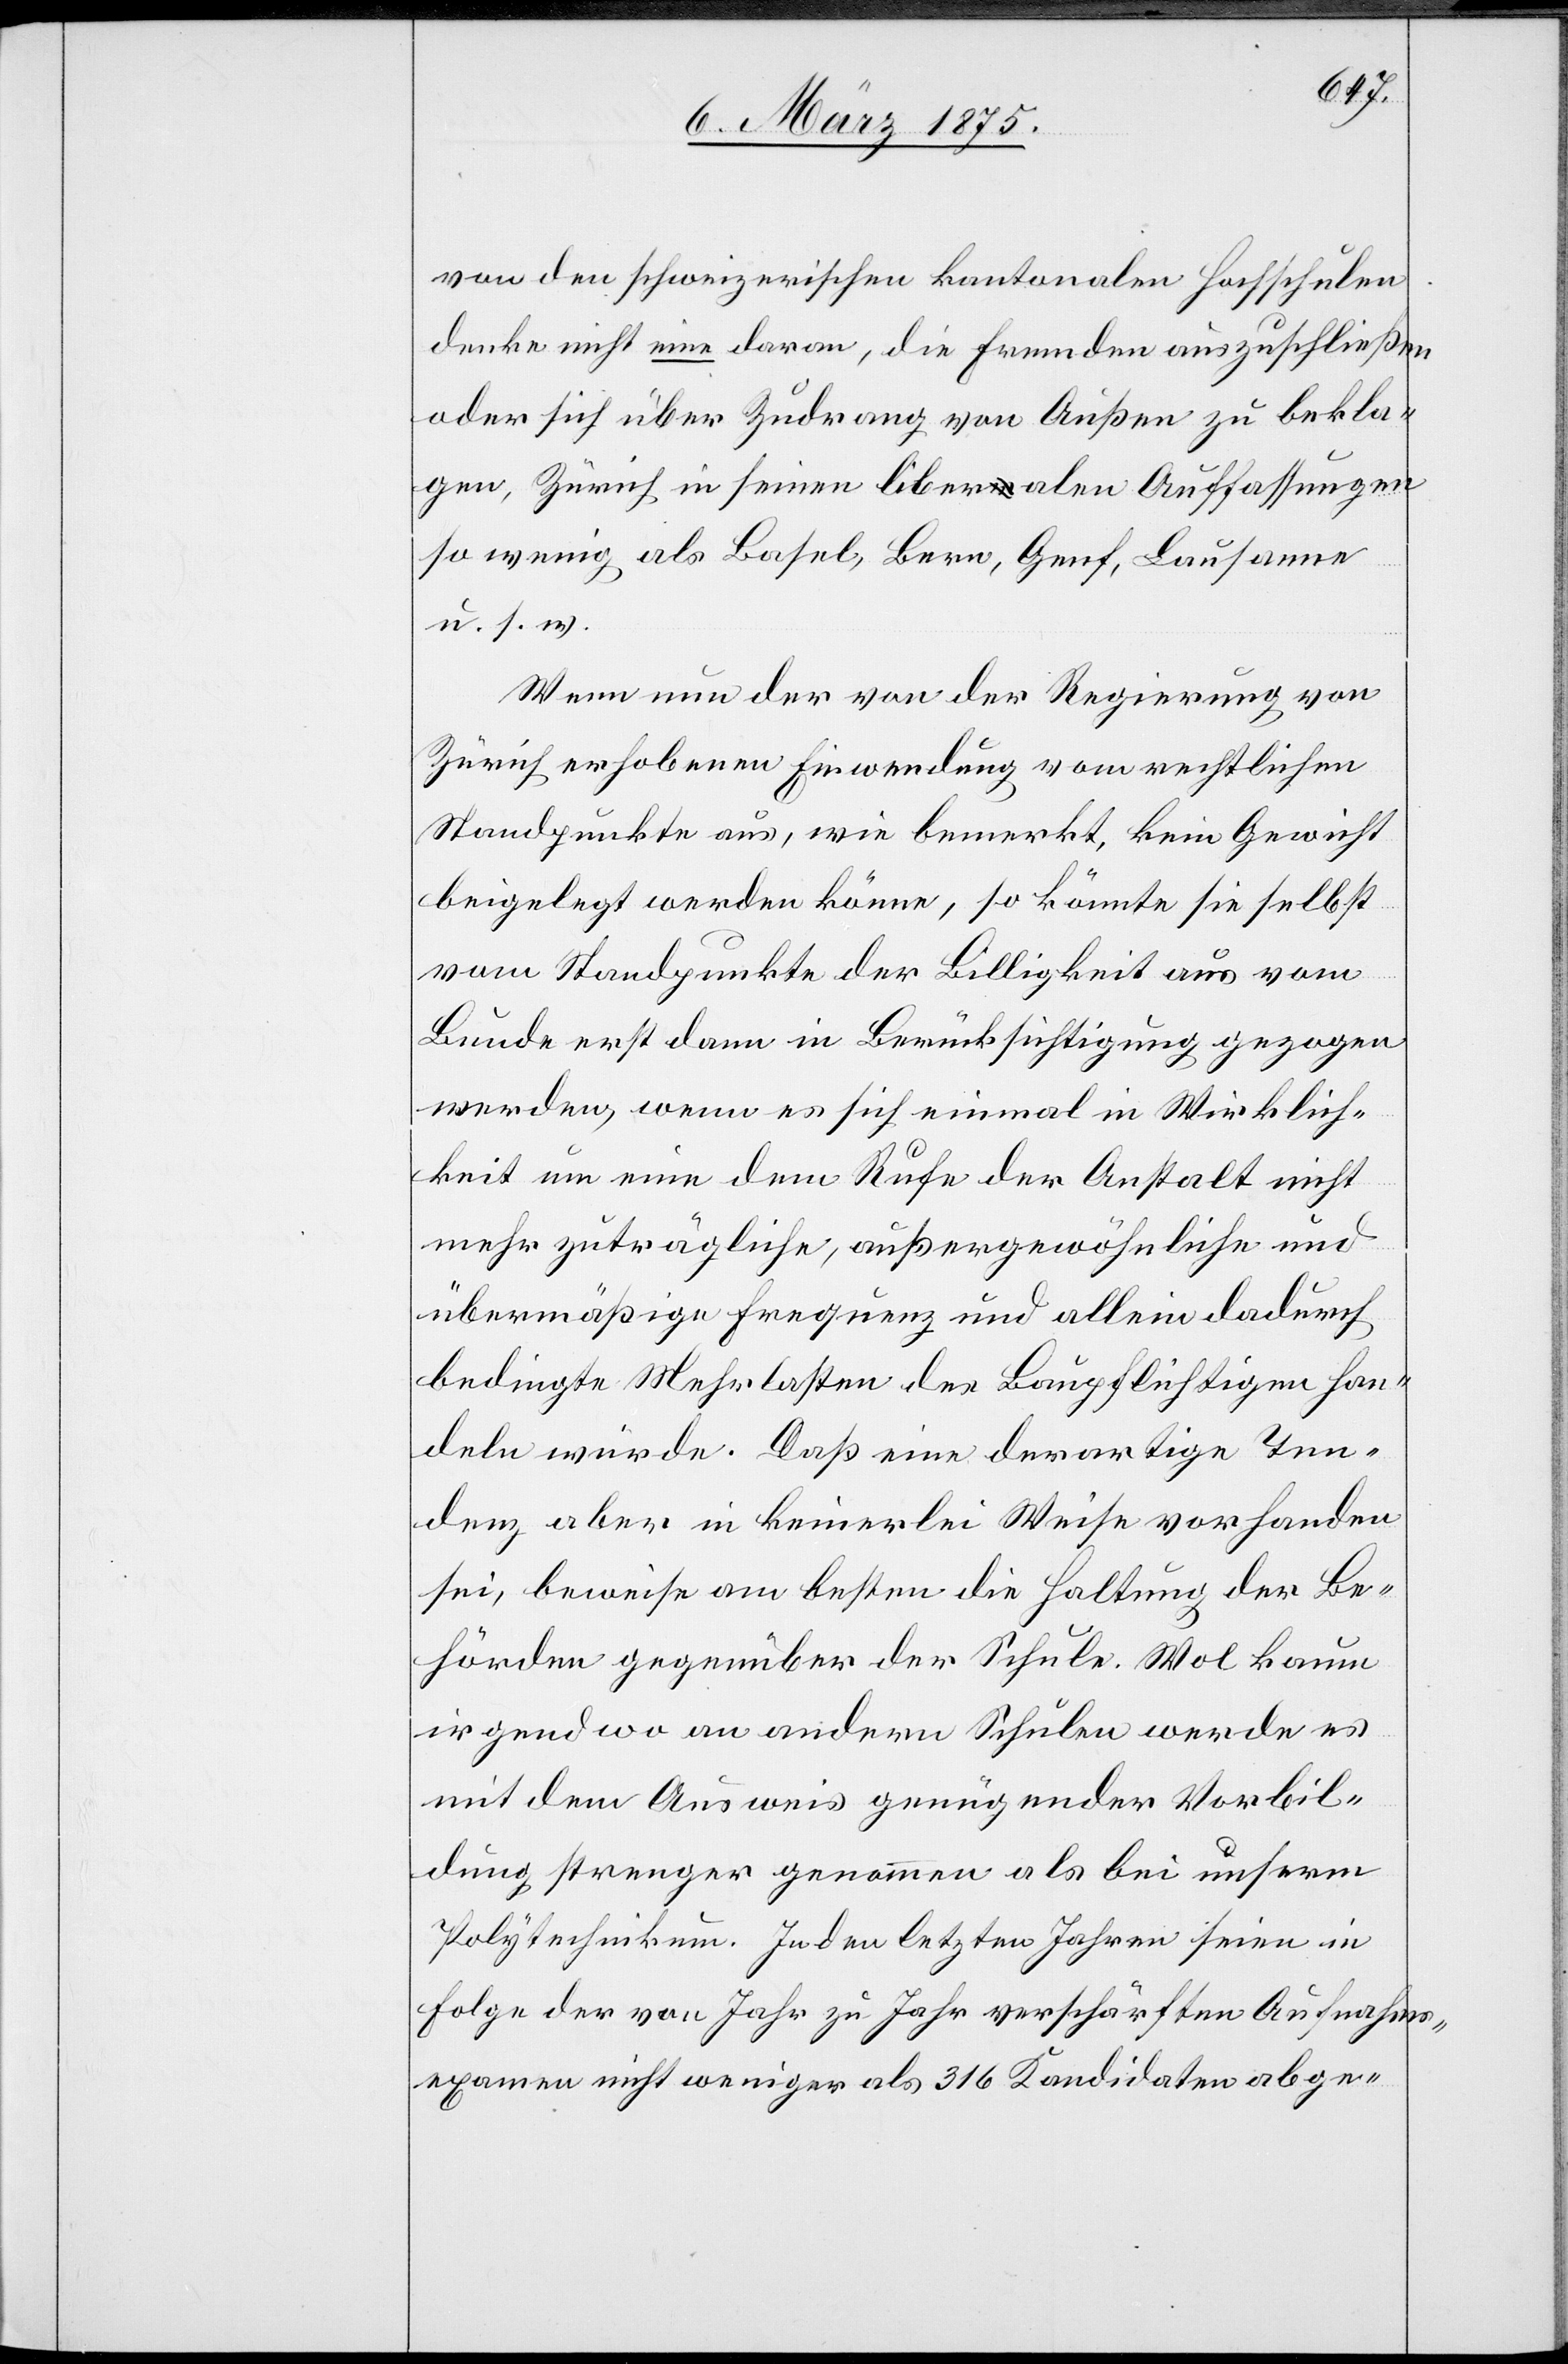
von den schweizerischen kantonalen Hochschulen
denke nicht eine daran, die Fremden auszuschließen
oder sich über Zudrang von Außen zu bekla¬
gen, Zürich in seinen liberalen Auffassungen
so wenig als Basel, Bern, Genf, Lausanne
u. s. w.
Wenn nun der von der Regierung von
Zürich erhobenen Einwendung vom rechtlichen
Standpunkte aus, wie bemerkt, kein Gewicht
beigelegt werden könne, so könnte sie selbst
vom Standpunkte der Billigkeit aus vom
Bunde erst dann in Berücksichtigung gezogen
werden, wenn es sich einmal in Wirklich¬
keit um eine dem Rufe der Anstalt nicht
mehr zuträgliche, außergewöhnliche und
übermäßige Frequenz und allein dadurch
bedingte Mehrlasten des Baupflichtigen han¬
deln würde. Daß eine derartige Ten¬
denz aber in keinerlei Weise vorhanden
sei, beweise am besten die Haltung der Be¬
hörden gegenüber der Schule. Wol kaum
irgendwo an anderen Schulen werde es
mit dem Ausweis genügender Vorbil¬
dung strenger genommen als bei unserm
Polytechnikum. In den letzten Jahren seien in
Folge der von Jahr zu Jahr verschärften Aufnahms¬
examen nicht weniger als 316 Kandidaten abge-